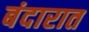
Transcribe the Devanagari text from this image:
बंदारात